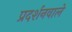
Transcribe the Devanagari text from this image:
प्रदर्शनवाले